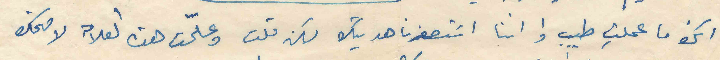
انك ما عملتِ طيب او اننا استصغرنا هديتك لكن قلت وعلّمت هذه العلامه لاضحك